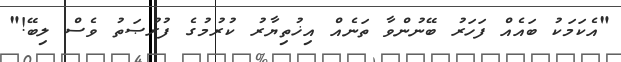
"އެކަމަކު ބައެއް ފަހަރު ބޭނުންވާ ތަނެއް އިޚުތިޔާރު ކުރުމުގެ ފުރުޞަތު ވެސް ލިބޭ!"